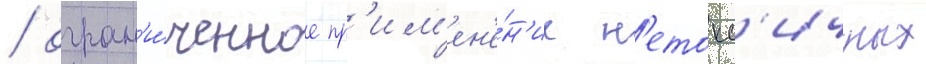
/ огран'и́ченное пр'им'ен'е́н'ие н'етокс'ичных